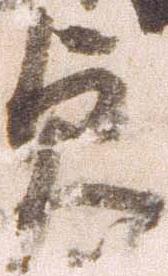
貞